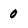
Character: 0